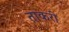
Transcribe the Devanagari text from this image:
ताकरी